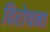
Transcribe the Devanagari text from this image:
विरोचना